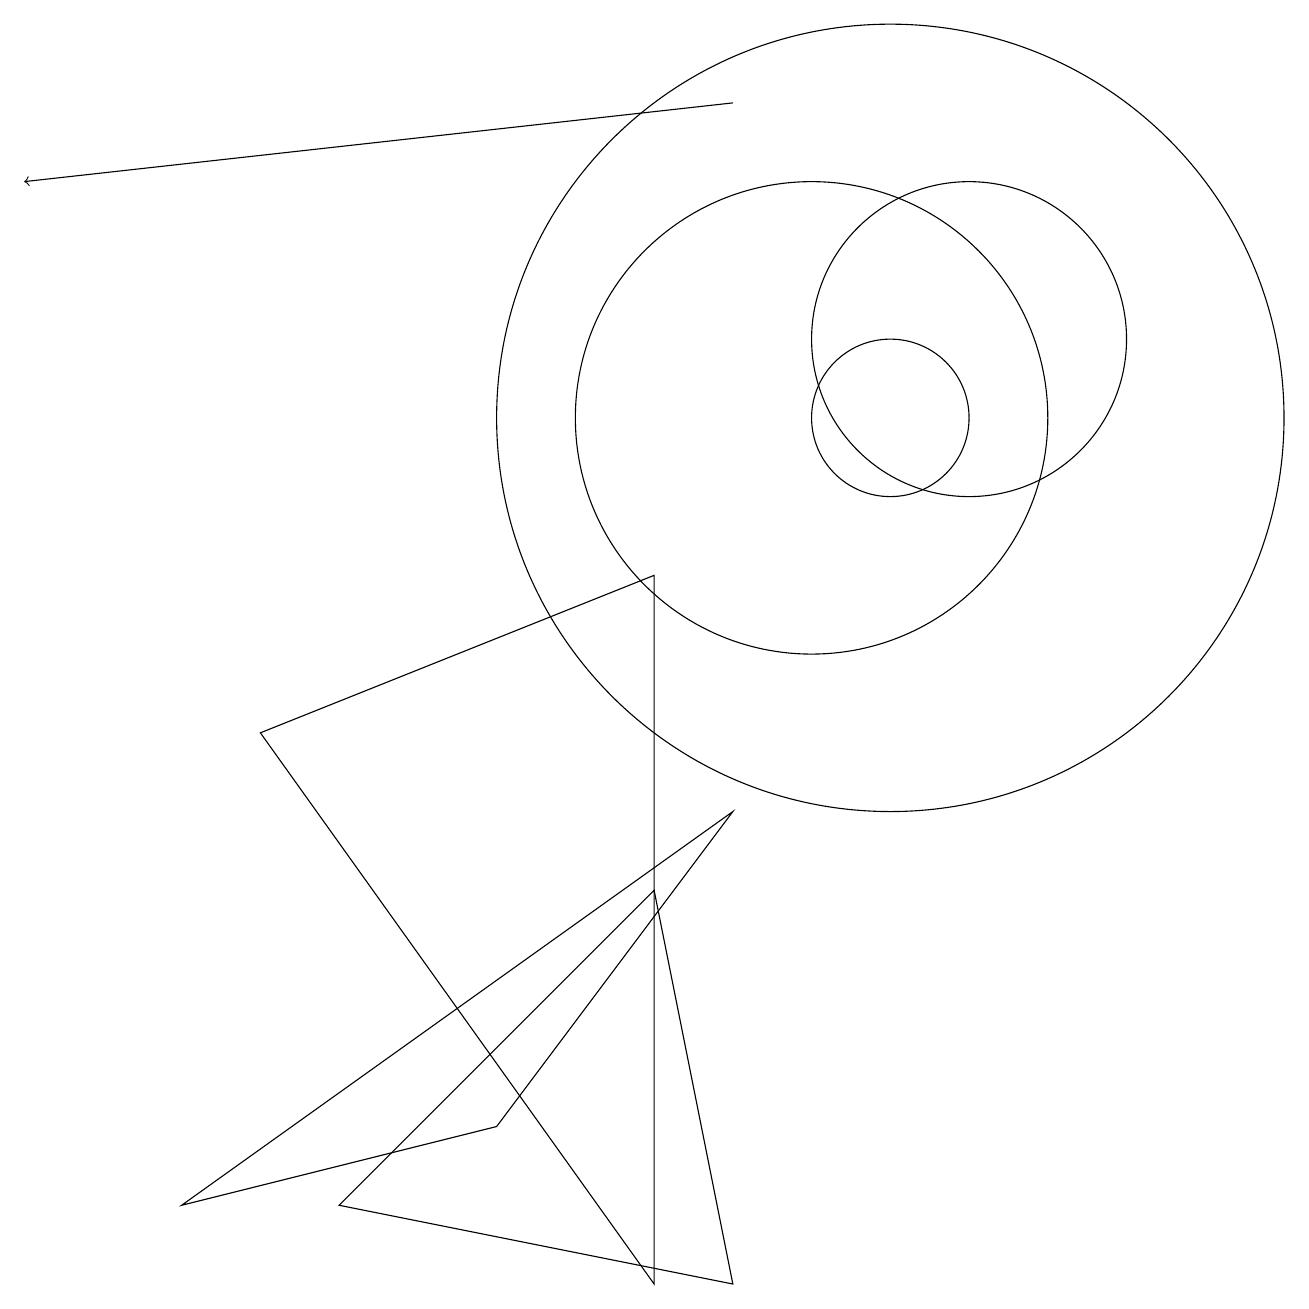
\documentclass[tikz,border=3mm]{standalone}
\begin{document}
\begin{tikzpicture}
\draw (10,11) circle (3);
\draw (11,11) circle (1);
\draw (12,12) circle (2);
\draw (11,11) circle (5);
\draw[->] (9,15) -- (0,14);
\draw (8,0) -- (3,7) -- (8,9) -- cycle;
\draw (9,6) -- (2,1) -- (6,2) -- cycle;
\draw (8,5) -- (4,1) -- (9,0) -- cycle;
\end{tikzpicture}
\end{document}